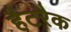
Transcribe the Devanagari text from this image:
हैटरैक